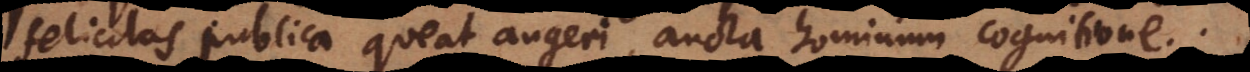
felicitas publica queat augeri, aucta hominum cognitione.